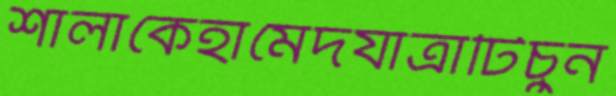
শালাকেহামেদযাত্রাটিচুন